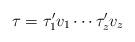
LaTeX: \begin{align*} \tau = \tau'_1 v_1 \cdots \tau'_z v_z\end{align*}